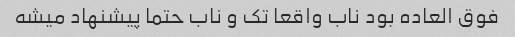
فوق العاده بود ناب واقعا تک و ناب حتما پیشنهاد میشه